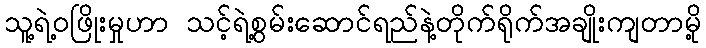
သူ့ရဲ့ဝဖြိုးမှုဟာ သင့်ရဲ့စွမ်းဆောင်ရည်နဲ့တိုက်ရိုက်အချိုးကျတာမို့